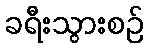
ခရီးသွားစဉ်